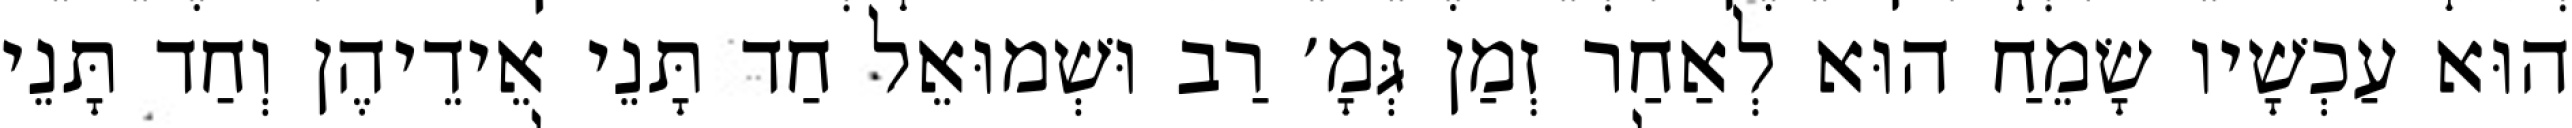
הוּא עַכְשָׁיו שָׂמֵחַ הוּא לְאַחַר זְמַן גְּמָ׳ רַב וּשְׁמוּאֵל חַד תָּנֵי אֵידֵיהֶן וְחַד תָּנֵי